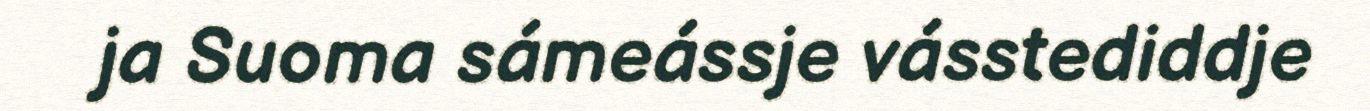
ja Suoma sámeássje vásstediddje